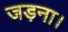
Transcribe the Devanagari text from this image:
जड़ना।